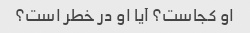
او کجاست؟ آیا او در خطر است؟